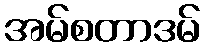
အမ်စတာဒမ်